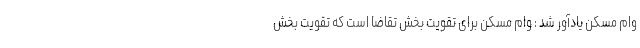
وام مسکن یادآور شد : وام مسکن برای تقویت بخش تقاضا است که تقویت بخش